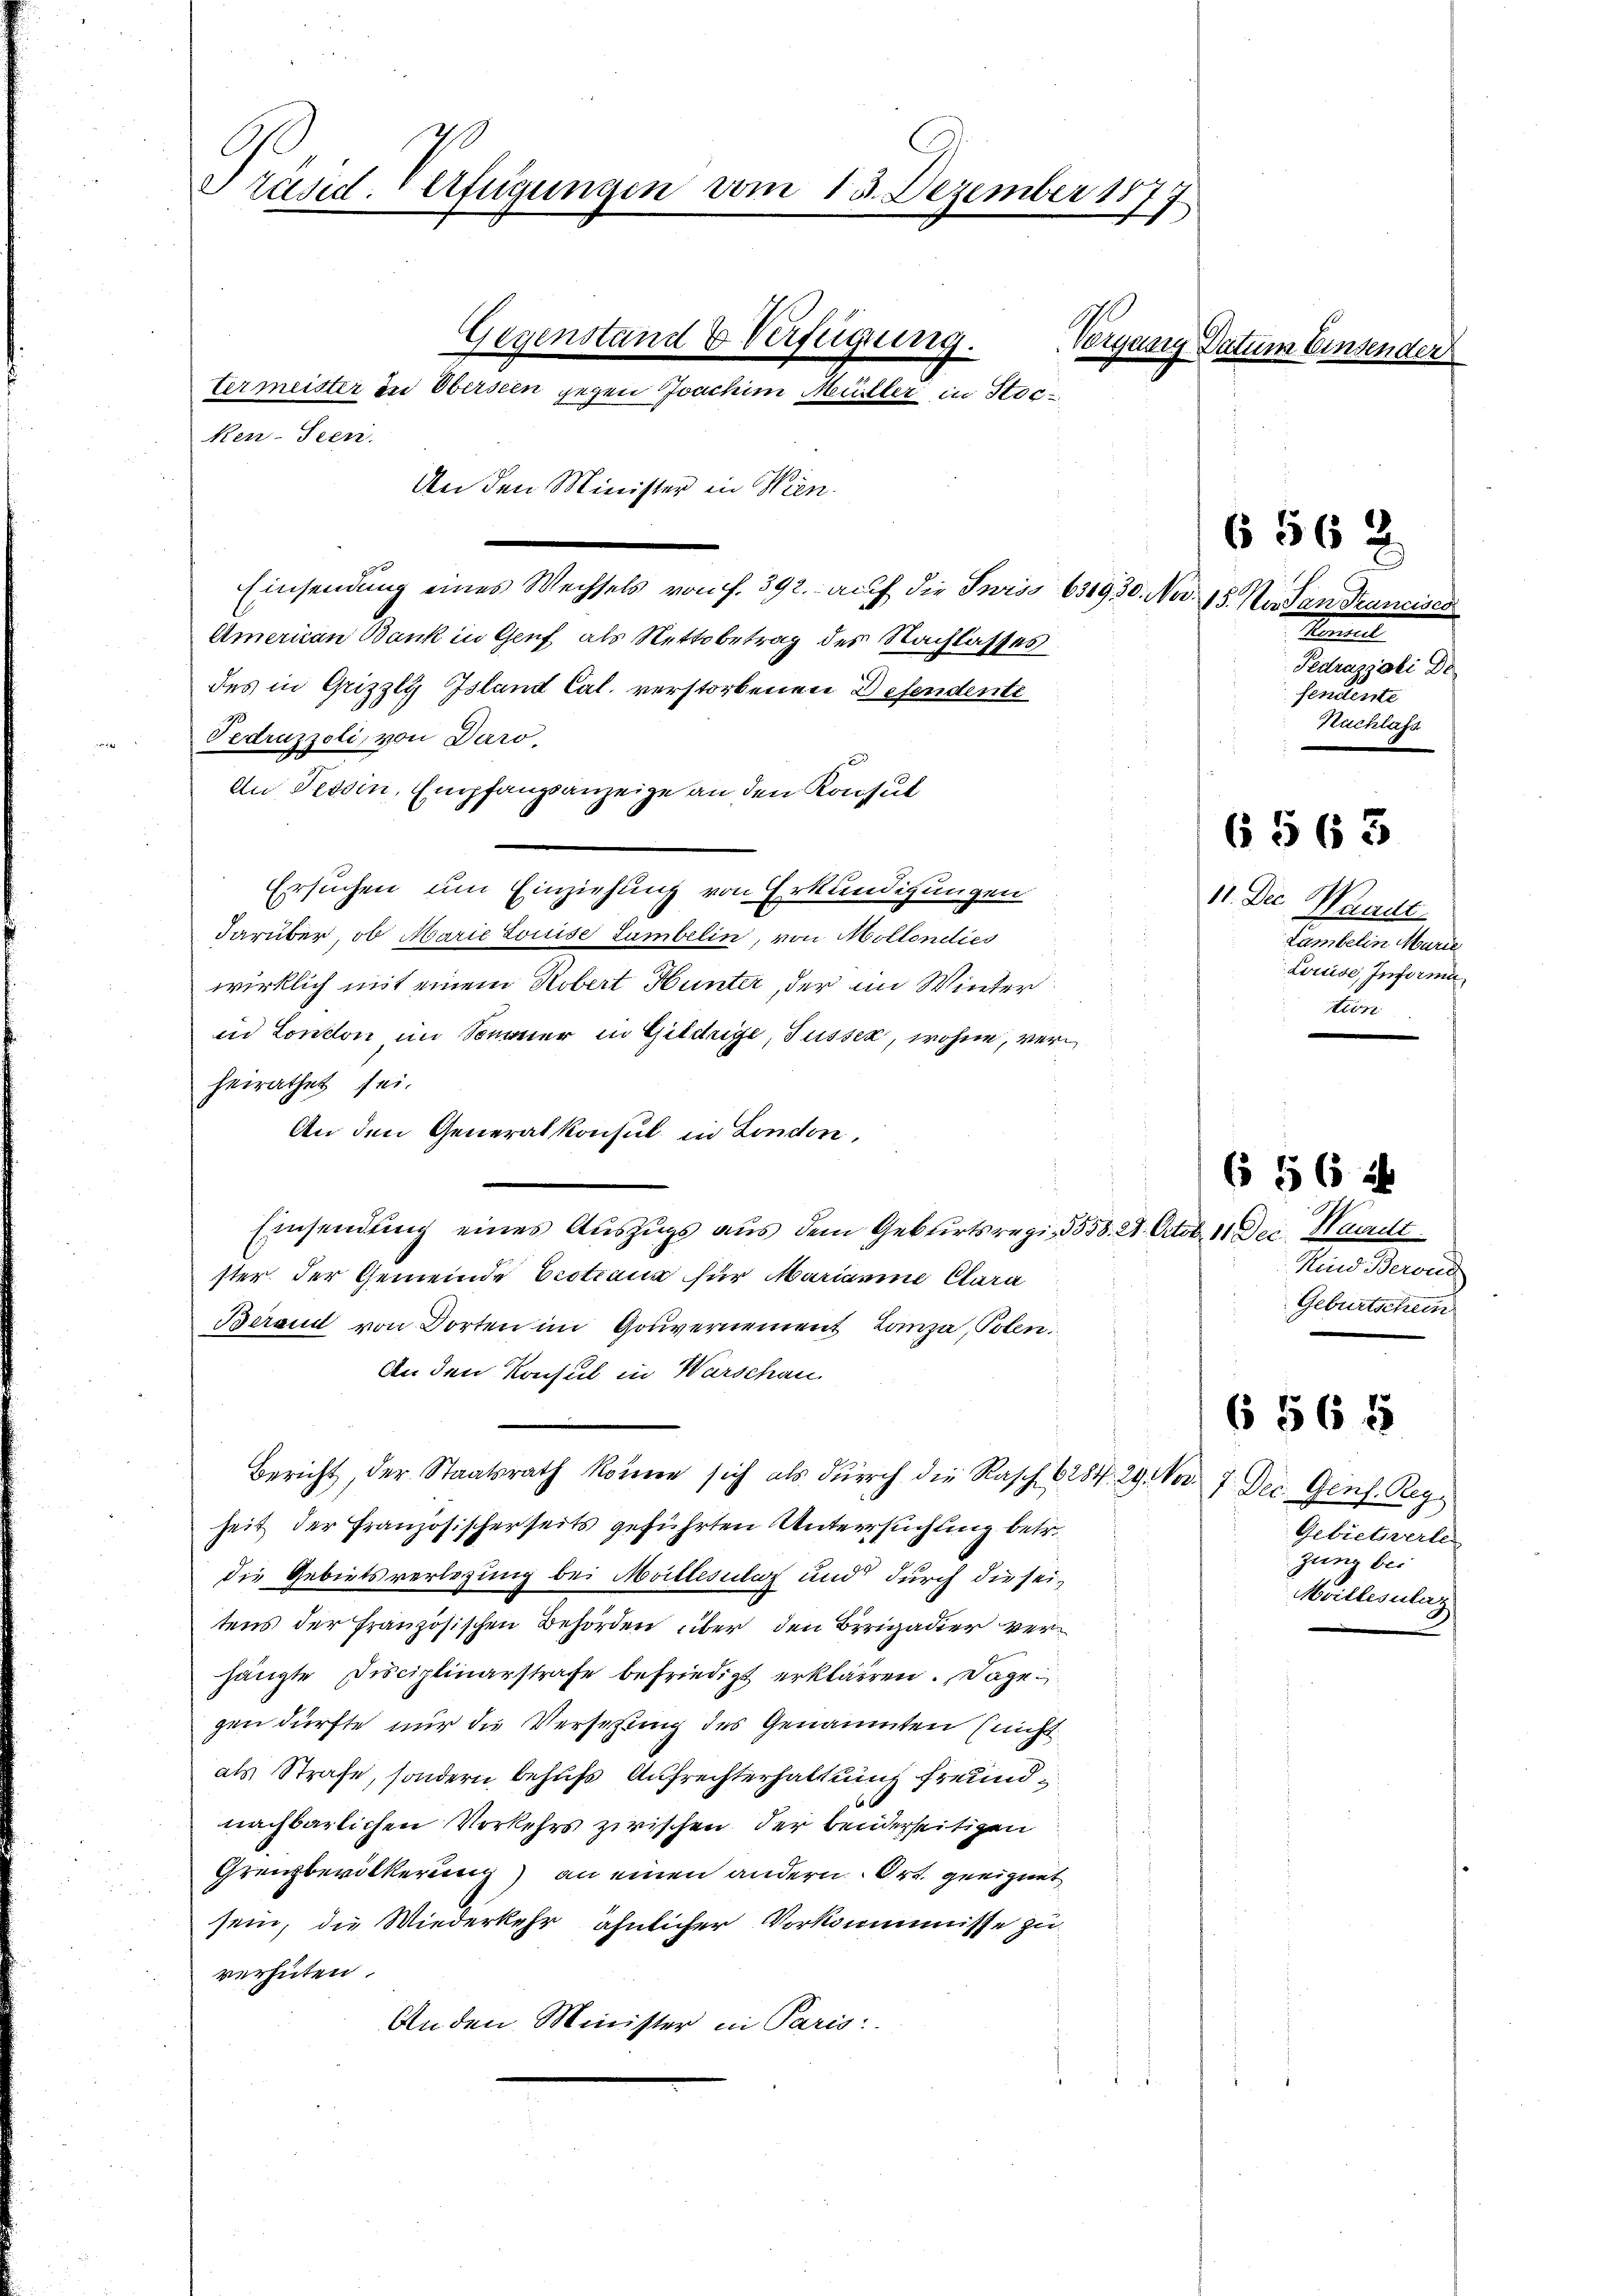
Präsid. Verfügungen vom 15. Dezember 1877
Gegenstand & Verfügung.
Vergang Datum Einsender
Vermeister in Oberseen gegen Joachim Müller in Stoc¬
Ken-Seen.
An den Minister in Wien.
656 2
Einsendung eines Wechsels von f. 392. auf die Juris 631930. No. 15. Novan Tranciser

Amerian Bank in Genf, als Nettobetrag des Nachlasses
des in Grizzly Island Cal. verstorbenen Defendente
Fedruzzoli, von Daro.
An Tessin, Empfangsanzeige an den Konsul
Ersuchen um Einziehung von Erkundigungen
darüber, ob Marie Louise Lambelin, von Moltendies
wirklich mit einem Robert Hunter, der im Winter
in London im Sonner in Gildrige, Füssen, wohne, verheirathet sei.
An den Generalkonsul in London,
Einsendung eines Auszugs aus dem Geburtsregi, 3558. 4. Octobr. 11 Dec. Waadt
ster der Gemeinde Erstiana für Mariamine Clara
Beraud von Dorten im Gouvernement Lanza, Polen.
An den Konsul in Warschau
Bericht, der Staatsrath könne sich als durch die Rasch 6284. 29. Nov. 7. Dec. Genf. Regheit der Französischerseits geführten Untersuchung betr.
die Gebietsverlegung bei Mallesitz und durch die seitens der französischen Behörden über den Brigadier verhängte Disciplinarstrafe befriedigt erklären. Dage
gen dürfte nur die Versetzung des Genannten (nicht
als Strafe, sondern behufs Aufrechterhaltung freund¬
6
nachbarlichen Vorkehrs zwischen der beiderseitigen
Grenzbevölkerung) an einen andern Ort geeignet
sein, die Wiederkehr ähnlicher Vorkommnisse zu
verhüten.
Anden Minister in Paris:

Sentiel
Fedrassati De
fendente
Ruchlass

6563

11. Die Waadt
Lambelin Marie
Louise, Informa
n

(s § 6 u
Kind Berond
Geburtschein

6 565

Gebietsverle
zung bei
Moillesalaz